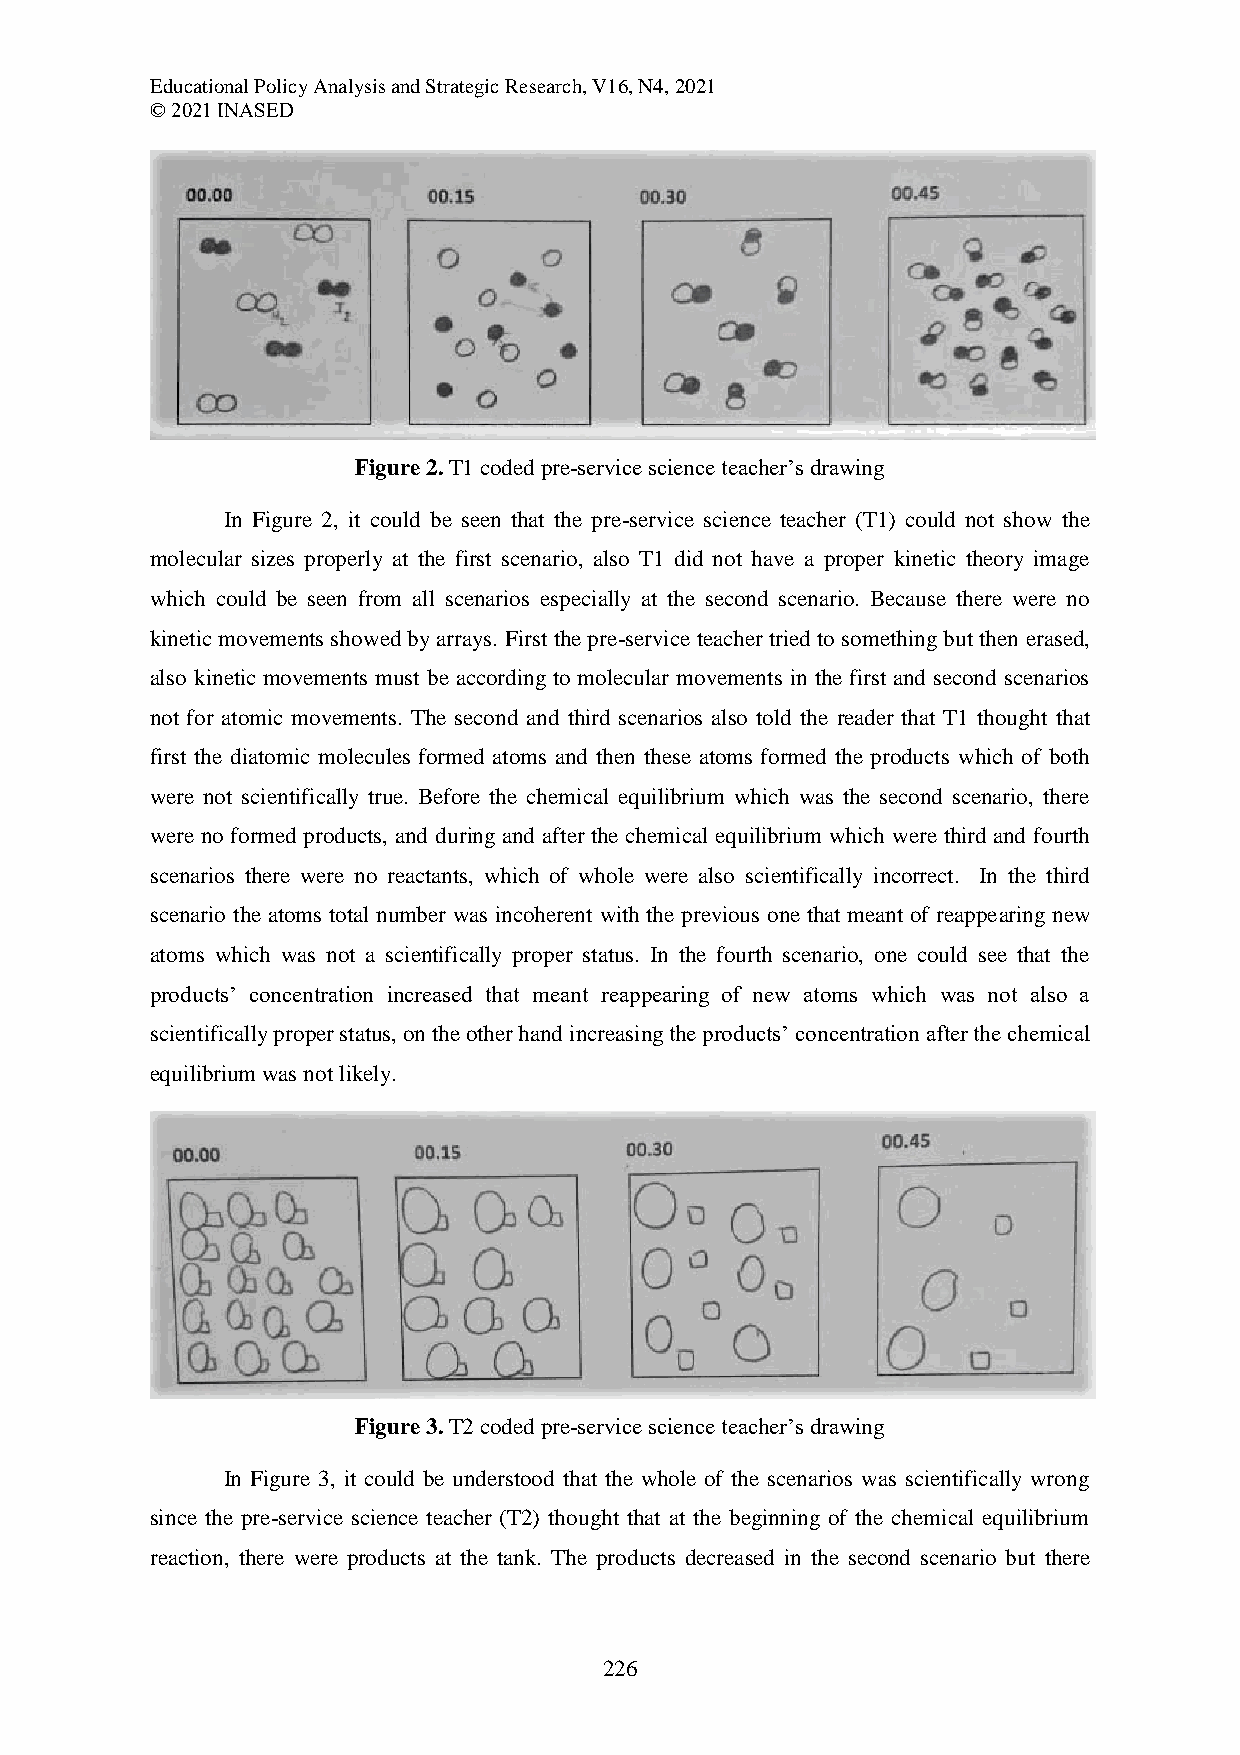
Educational Policy Analysis and Strategic Research, V16, N4, 2021
 © 2021 INASED
 Figure 2. T1 coded pre-service science teacher’s drawing
 In Figure 2, it could be seen that the pre-service science teacher (T1) could not show the
 molecular sizes properly at the first scenario, also T1 did not have a proper kinetic theory image
 which could be seen from all scenarios especially at the second scenario. Because there were no
 kinetic movements showed by arrays. First the pre-service teacher tried to something but then erased,
 also kinetic movements must be according to molecular movements in the first and second scenarios
 not for atomic movements. The second and third scenarios also told the reader that T1 thought that
 first the diatomic molecules formed atoms and then these atoms formed the products which of both
 were not scientifically true. Before the chemical equilibrium which was the second scenario, there
 were no formed products, and during and after the chemical equilibrium which were third and fourth
 scenarios there were no reactants, which of whole were also scientifically incorrect. In the third
 scenario the atoms total number was incoherent with the previous one that meant of reappearing new
 atoms which was not a scientifically proper status. In the fourth scenario, one could see that the
 products’ concentration increased that meant reappearing of new atoms which was not also a
 scientifically proper status, on the other hand increasing the products’ concentration after the chemical
 equilibrium was not likely.
 Figure 3. T2 coded pre-service science teacher’s drawing
 In Figure 3, it could be understood that the whole of the scenarios was scientifically wrong
 since the pre-service science teacher (T2) thought that at the beginning of the chemical equilibrium
 reaction, there were products at the tank. The products decreased in the second scenario but there
 226